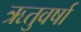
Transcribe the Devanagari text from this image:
ऋतुवर्षा